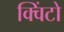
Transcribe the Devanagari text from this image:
क्विंटो